Vaccination in the Punjab 1905-1918 - 1905-1918
Year: 1905
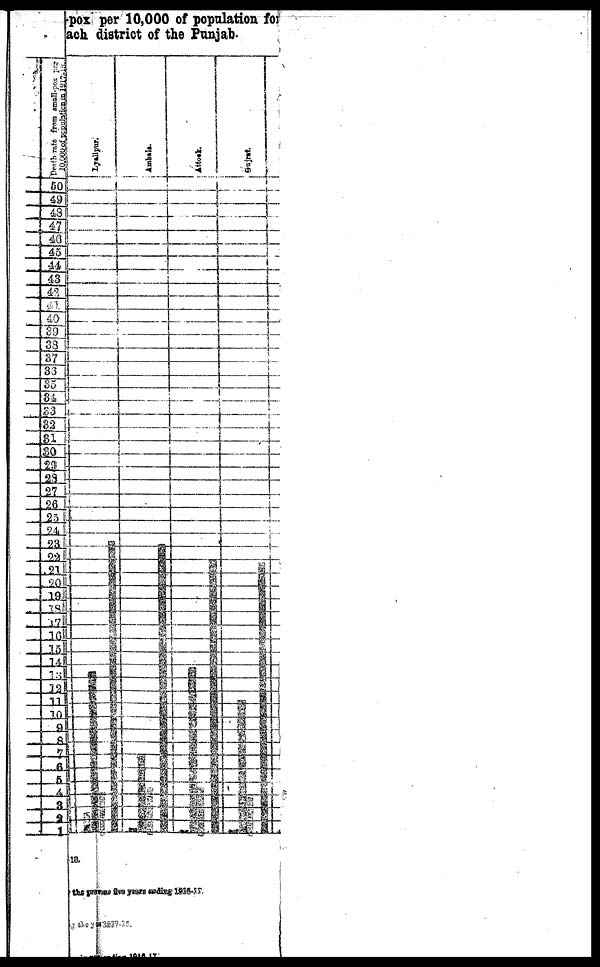
pox per 10,000 of population for
ach district of the Punjab.